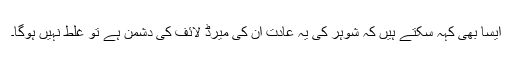
ایسا بھی کہہ سکتے ہیں کہ شوہر کی یہ عادت ان کی میرڈ لائف کی دشمن ہے تو غلط نہیں ہوگا۔